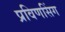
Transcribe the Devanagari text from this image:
प्रविणसिंग